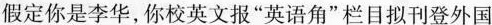
假定你是李华，你校英文报”英语角”栏目拟刊登外国